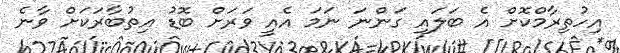
އިހުތިރާމްކޮށް އެ ބަލައި ގަންނަ ނަމަ އެއީ ވަރަށް ބޮޑު އިތުބާރަކަށް ވާނެ